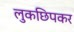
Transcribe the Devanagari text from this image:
लुकछिपकर